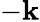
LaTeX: -\mathbf{k}